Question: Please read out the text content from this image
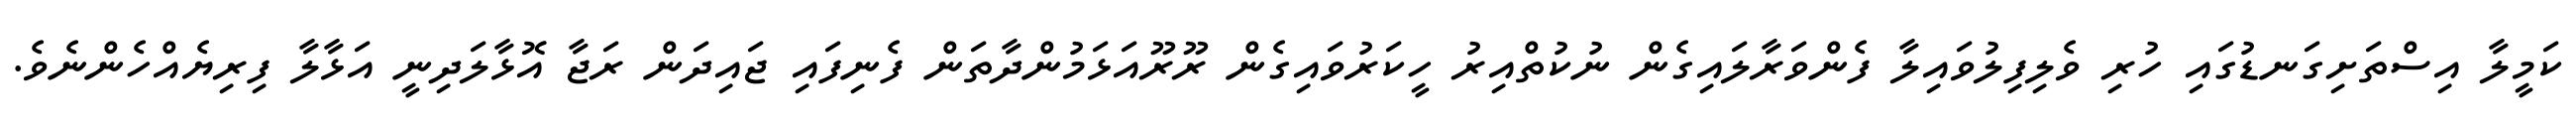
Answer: ކަމީލާ އިސްތަށިގަނޑުގައި ހުރި ވެލިފިލުވައިލާ ފެންވަރާލައިގެން ނުކުތްއިރު ހީކަރުވައިގެން ރޫރޫއަޅަމުންދާތަން ފެނިފައި ޖައިދަން ރަޖާ އޮޅާލަދިނީ އަޅާލާ ފިރިޔެއްހެންނެވެ.